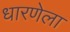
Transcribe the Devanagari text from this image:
धारणेला